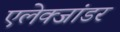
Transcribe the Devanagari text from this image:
एलेक्जांडर